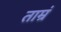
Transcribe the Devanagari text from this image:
ताम्रं